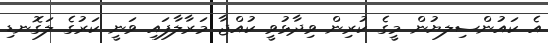
އެ ކައުންސިލޔުން މީގެ ކުރިން ވިދާޅުވީ ކުއްޖާ މަރާލާފައި ވަނީ ކަރުގެ ލަގޮނޑި